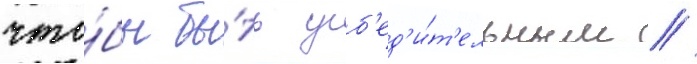
что́бы бы́ть уб'ед'и́т'ельным //